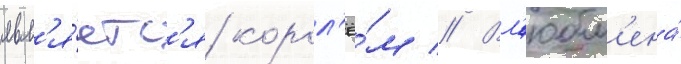
явл'я́етс'я корол'ё́м // Вл'юбл'ена́